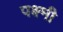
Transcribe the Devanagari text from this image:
पक्ष्मी